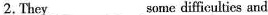
2.They___some diffieultics and